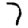
Digit: 7